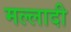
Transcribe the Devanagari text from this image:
मल्लादी